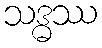
သဒ္ဓဿ